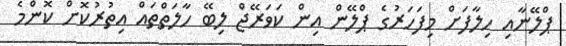
ޕްލޭނާއި ހިލާފަށް މިފަހަރުގެ ޕްލޭން އިން ކަވަރޭޖް ލިބޭ ހާލަތްތައް އިތުރުކޮށް ކޮންމެ